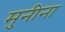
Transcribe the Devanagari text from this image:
मुनीना